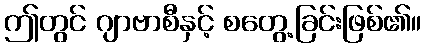
ဤတွင် ဂျာဗာစီနှင့် စတွေ့ခြင်းဖြစ်၏။